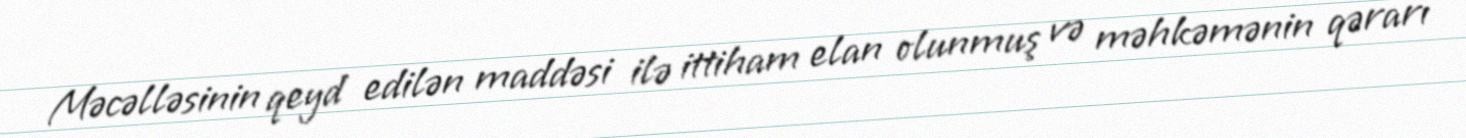
Məcəlləsinin qeyd edilən maddəsi ilə ittiham elan olunmuş və məhkəmənin qərarı